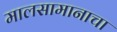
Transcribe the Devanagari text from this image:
मालसामानाचा